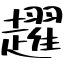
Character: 趯